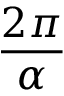
\frac { 2 \pi } { \alpha }